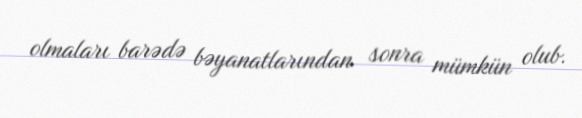
olmaları barədə bəyanatlarından sonra mümkün olub.